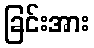
ခြင်းအား